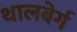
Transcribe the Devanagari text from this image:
थालबेर्ग